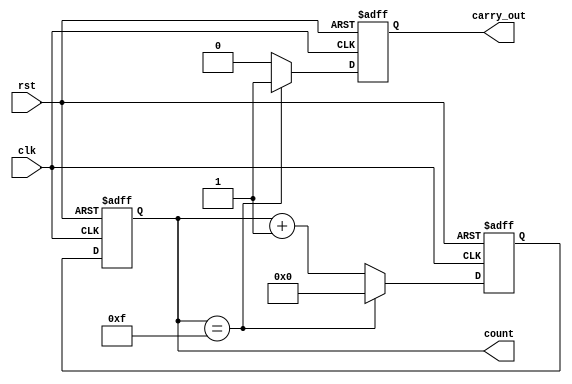
module synchronous_counter (
    input wire clk,
    input wire rst,
    output reg [N-1:0] count,
    output reg carry_out
);

parameter N = 4; // Number of bits in the counter

// Define internal signals
reg [N-1:0] next_count;

// Synchronous counter logic
always @(posedge clk or posedge rst) begin
    if (rst) begin
        count <= 0;
        next_count <= 0;
        carry_out <= 0;
    end else begin
        count <= next_count;
        
        // Logic to increment count
        if (count == N'hFFFF) begin
            next_count <= 0;
            carry_out <= 1;
        end else begin
            next_count <= count + 1;
            carry_out <= 0;
        end
    end
end

endmodule